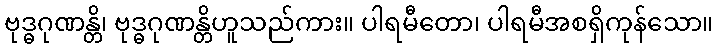
ဗုဒ္ဓဂုဏန္တိ၊ ဗုဒ္ဓဂုဏန္တိဟူသည်ကား။ ပါရမီတော၊ ပါရမီအစရှိကုန်သော။